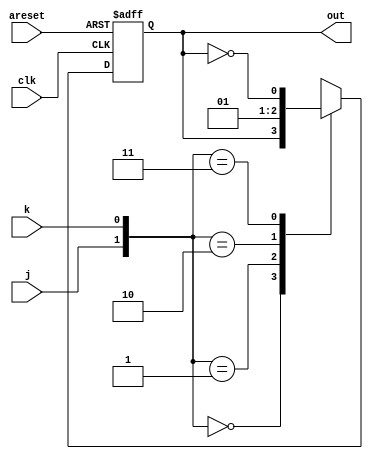
module top_module(
    input clk,
    input areset,    // Asynchronous reset to OFF
    input j,
    input k,
    output out); //  


    always @(posedge clk, posedge areset) begin
        // State flip-flops with asynchronous reset
        if(areset) begin
           out <= 0; 
        end
        else begin
           case({j,k})
            2'b00: out <= out;
            2'b01: out <= 0;
            2'b10: out <= 1;
            2'b11: out <= ~out;
           endcase 
        end
    end

endmodule